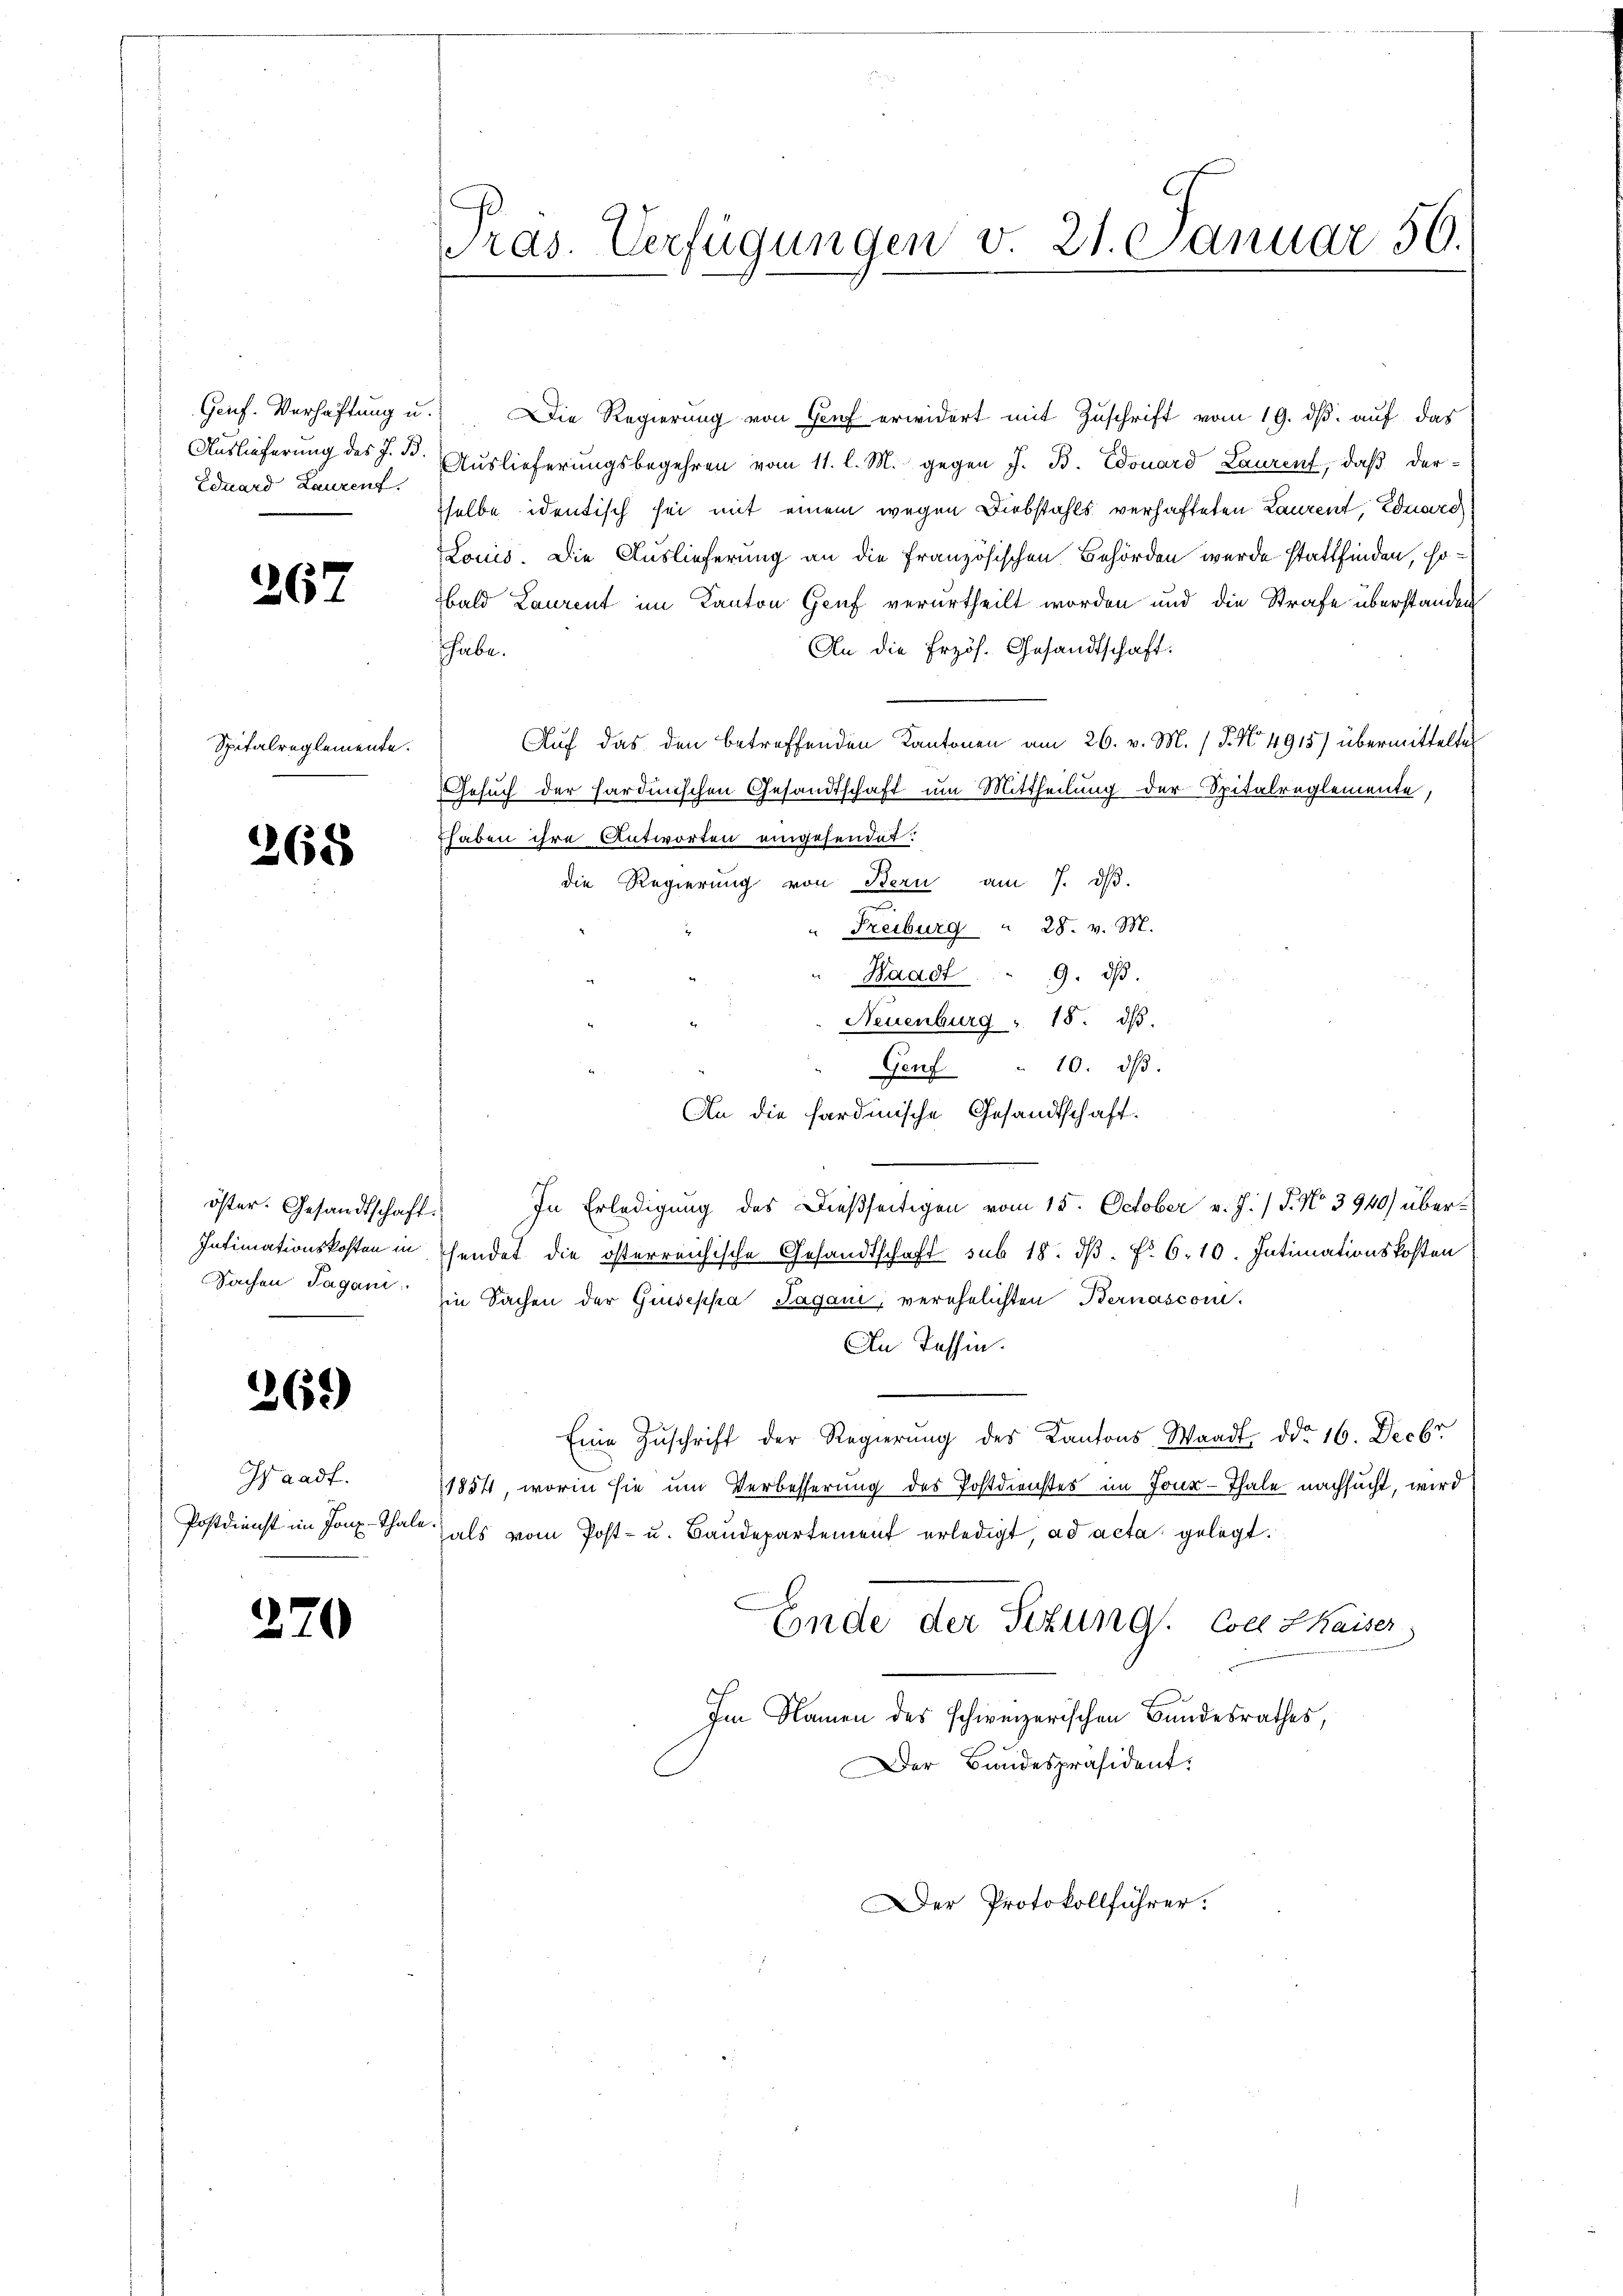
Auslieferung des J. B.
Eduard Laurent,

267

Spitalreglemente.

268

öster. Gesandtschaft
Intimationskosten in
Sachen Tagani

269)

Isaadt.
Postdienst im Jonx-Thale

270

pras. Verfügungen v. 21. Januar 56.

Genf. Verhaftung u. Die Regierung von Hof erwidert mit Zuschrift vom 19. dß. auf das
Auslieferungsbegehren vom 11. l. M. gegen J. B. Edouard Lauren, daß derselbe identisch sei mit einem wegen Diebstahls verhafteten Laurent, Eduard
Louis. Die Auslieferung an die französischen Behörden wurde stattfinden, sobald Laurent im Kanton Genf verurtheilt worden und die Strafe überstanden
An die Erzös. Gesandtschaft:
habe.
Auf das den betreffenden Kantonen am 26. v. M. 18. No 4915) übermittelten
Gesuch der sardinischen Gesandtschaft um Mittheilung der Spitalreglemente,
thaben ihre Antworten eingesendet:
die Regierung von Bern am 7. dβ.
.
" Treiburg  28. v. M.
Waadt.  .. 9. dβ.
Neuenburg " 18. dβ.
Genf " 10. dβ.
An die sardinische Gesandtschaft.
 In Erledigung des dießseitigen vom 15. October v. J. / 5. No 3940) übersendet die österreichische Gesandtschaft sub 18. dβ. No. 6. 10. Intimationskosten
in Sachen der Giuseppa, Pagani, verehelichten Bernascon-
An Tessin.
Eine Zŭschrift der Regierung des Kantons Waadt ddo 16. Decbr
1854, worin sie um Verbesserung des Postdienstes im Joux-Thale nachsucht, wird
hals vom Post- u. Baudepartement erledigt, ad acta gelegt.
Ende der Sizung. Coll Kaiser
Im Namen des schweizerischen Bundesrathes,
Der Bundespräsident:

Der Protokollführer.